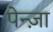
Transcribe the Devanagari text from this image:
पेन्ज़ा